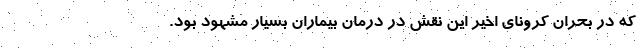
که در بحران کرونای اخیر این نقش در درمان بیماران بسیار مشهود بود.